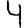
Digit: 4